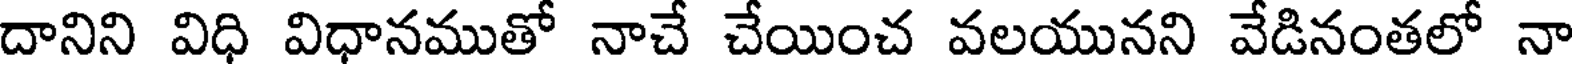
దానిని విధి విధానముతో నాచే చేయించ వలయునని వేడినంతలో నా